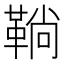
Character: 鞝